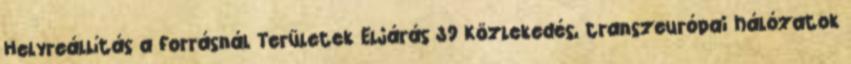
Helyreállítás a forrásnál Területek Eljárás 39 Közlekedés, transzeurópai hálózatok